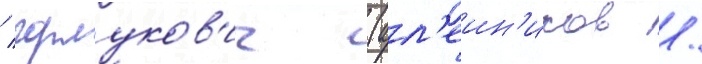
/ горлуков'ич (ал'еин'иков /